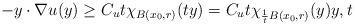
LaTeX: \begin{align*} -y \cdot \nabla u(y) \geq C_u t\chi_{B(x_0,r)}(ty) = C_u t\chi_{\frac{1}{t}B(x_0,r)}(y) y,t \end{align*}